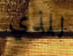
للذي